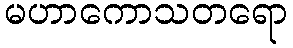
မဟာကောသတရော